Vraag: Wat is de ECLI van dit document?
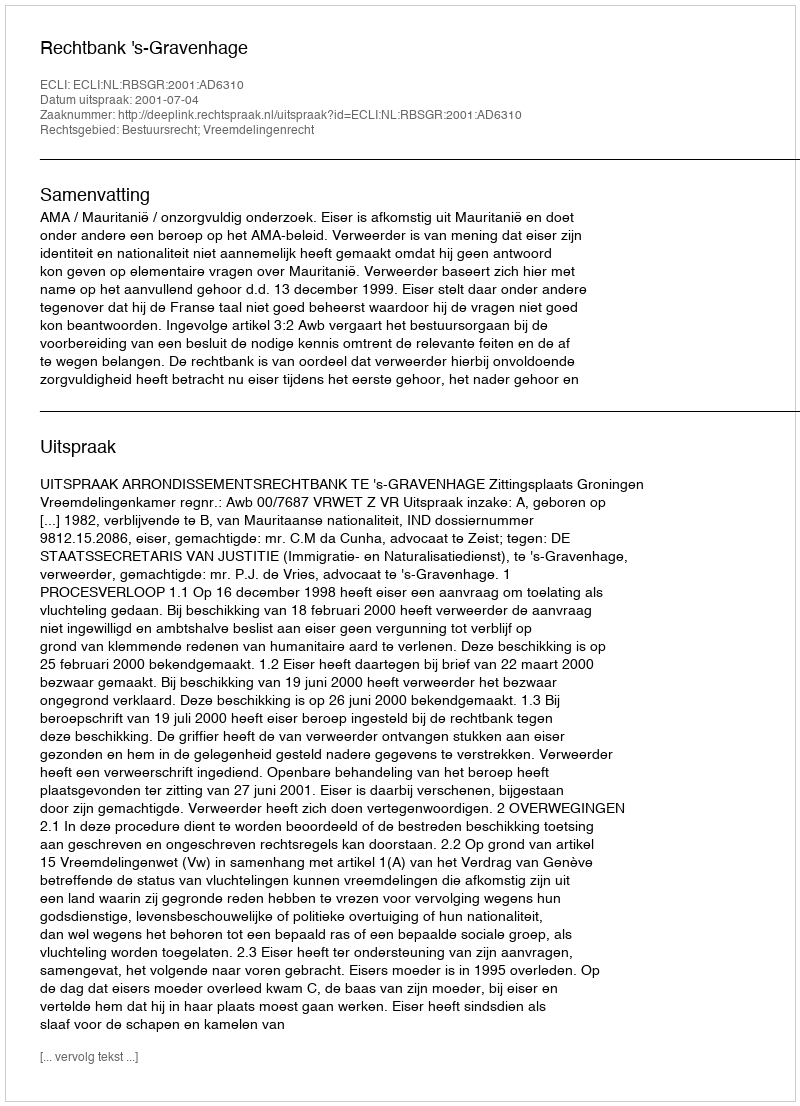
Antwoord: ECLI:NL:RBSGR:2001:AD6310